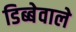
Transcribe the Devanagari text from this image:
डिब्बेवाले